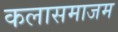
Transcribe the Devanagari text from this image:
कलासमाजम